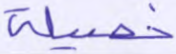
خصيلة